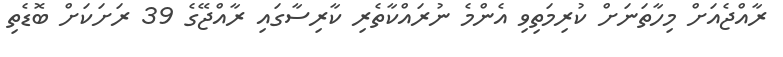
ރާއްޖެއަށް މިހާތަނަށް ކުރިމަތިވި އެންމެ ނުރައްކާތެރި ކާރިސާގައި ރާއްޖޭގެ 39 ރަށަކަށް ބޮޑެތި